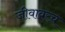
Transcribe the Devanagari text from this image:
जीवावरच